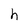
Character: h